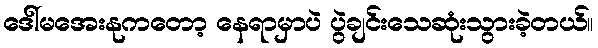
ဒေါ်မအေးနုကတော့ နေရာမှာပဲ ပွဲချင်းသေဆုံးသွားခဲ့တယ်။